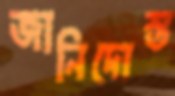
জানিদোস্ত